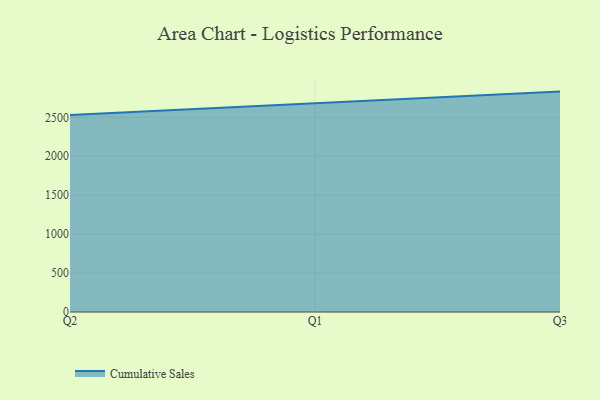
{"axis": {"x": "Quarter", "y": "Market Share (%)"}, "legend": ["Cumulative Sales"], "data": [{"x": "Q2", "y": 2529.2, "type": "Cumulative Sales"}, {"x": "Q1", "y": 2675.3, "type": "Cumulative Sales"}, {"x": "Q3", "y": 2830.8, "type": "Cumulative Sales"}]}